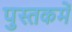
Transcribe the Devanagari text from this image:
पुस्‍तकमें